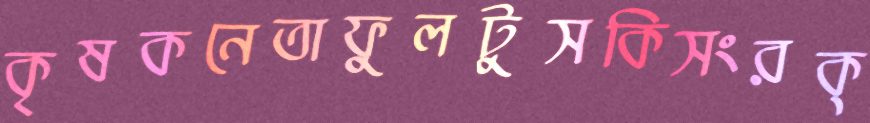
কৃষকনেতাফুলটুসকিসংরক্